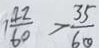
1 \frac { 4 2 } { 6 0 } > \frac { 3 5 } { 6 0 }